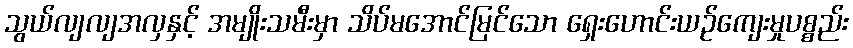
သွယ်လျလျအလှနှင့် အမျိုးသမီးမှာ သိပ်မအောင်မြင်သော ရှေးဟောင်းယဉ်ကျေးမှုပစ္စည်း